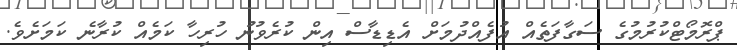
ޕްރޮމޯޓްކުރުމުގެ ސަގާފަތެއް އުފެެއްދުމަށް އެޑިޑާސް އިން ކުރެވުނު ހުރިހާ ކަމެއް ކުރާނެ ކަމަށެވެ.